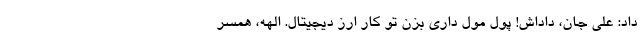
داد: علی جان، داداش! پول مول داری بزن تو کار ارز دیجیتال. الهه، همسر